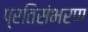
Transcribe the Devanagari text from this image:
प्रतिसंभरण